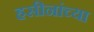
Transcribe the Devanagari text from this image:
हसीनांच्या